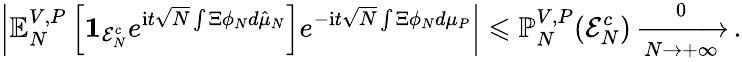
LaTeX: \left|\mathbb{E}_{N}^{V,P}\left[\mathbf{1}_{\mathcal{E}_{N}^{c}}e^{\mathrm{i}t\sqrt{N}\int\Xi\phi_{N}d\hat{\mu}_{N}}\right]e^{-\mathrm{i}t\sqrt{N}\int\Xi\phi_{N}d\mu_{P}}\right|\leqslant\mathbb{P}_{N}^{V,P}(\mathcal{E}_{N}^{c})\xrightarrow[N\to+\infty]0\, .